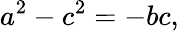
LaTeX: a^{2}-c^{2}=-bc,